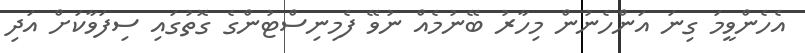
އެހެންވީމަ ގިނަ އަންހެނުން މިހާރު ބޭނުމެއް ނުވޭ ފެމިނިސްޓުންގެ ގޮތުގައި ސިފަވާކަށް އަދި